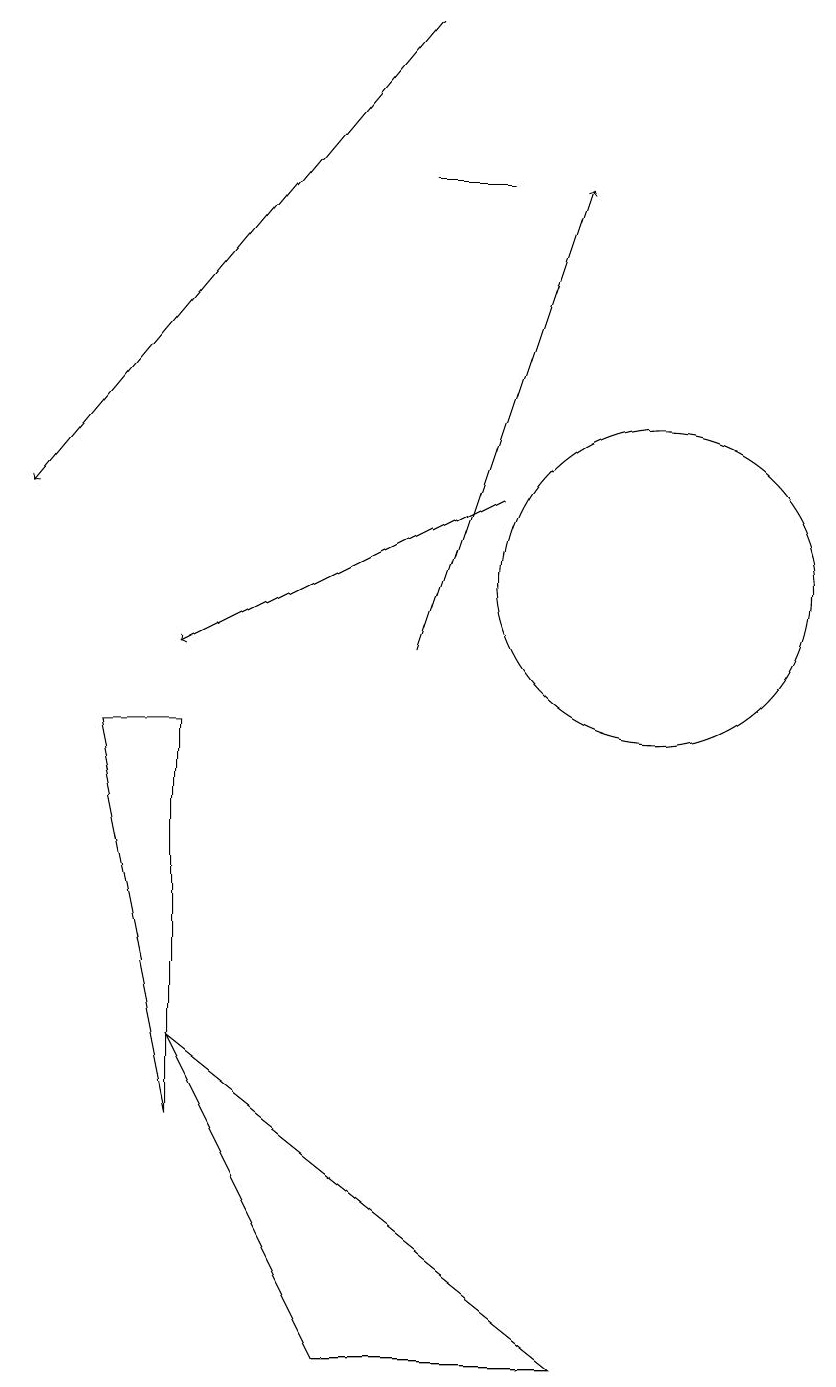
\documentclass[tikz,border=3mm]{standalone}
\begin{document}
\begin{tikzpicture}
\draw[->] (7,10) -- (9,16);
\draw[->] (8,12) -- (4,10);
\draw[->] (7,18) -- (2,12);
\draw (10,11) circle (2);
\draw (3,9) -- (4,9) -- (4,4) -- cycle;
\draw (8,16) rectangle (7,16);
\draw (4,5) -- (6,1) -- (9,1) -- cycle;
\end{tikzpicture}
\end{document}